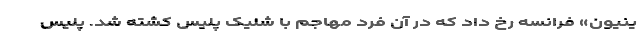
ینیون» فرانسه رخ داد که در آن فرد مهاجم با شلیک پلیس کشته شد. پلیس